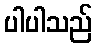
ပါပါသည်